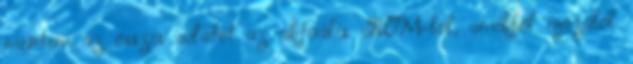
mentem az összes adatot az aktuális ROM-ból, amikből igazából